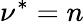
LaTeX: \nu^{*}=n